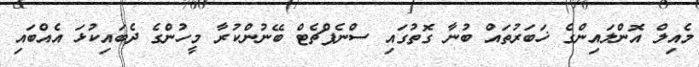
މެއިލް އޮންލައިންގެ ޚަބަރުތައް ބުނާ ގޮތުގައި ސްނެޕްޗެޓް ބޭނުންކުރާ މީހުންގެ ދެބައިކުޅަ އެއްބައި